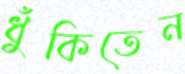
ধুঁকিতেন